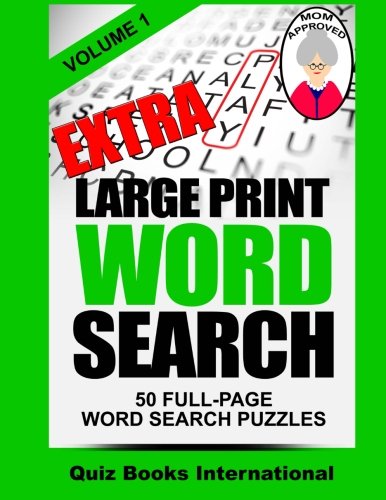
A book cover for Extra Large Print Word Search Volume 1; Quiz Books International; Humor & Entertainment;